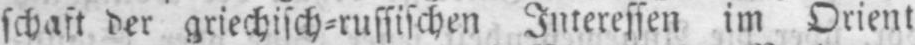
schaft der griechisch⸗russischen Interessen im Orient